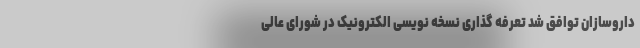
داروسازان توافق شد تعرفه گذاری نسخه نویسی الکترونیک در شورای عالی